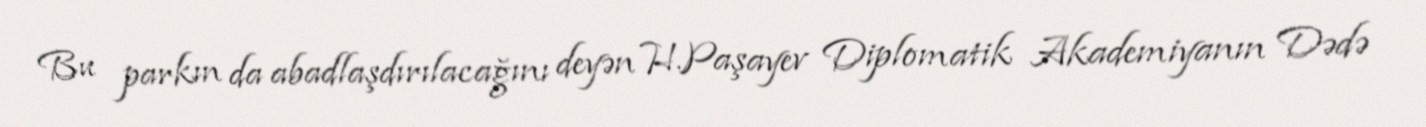
Bu parkın da abadlaşdırılacağını deyən H.Paşayev Diplomatik Akademiyanın Dədə